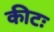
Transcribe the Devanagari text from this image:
कीटः